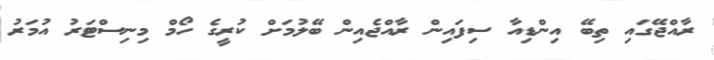
ރާއްޖޭގައި ތިބޭ އިންޑިއާ ސިފައިން ރާއްޖެއިން ބޭލުމަށް ކުރީގެ ހޯމް މިނިސްޓަރު އުމަރު